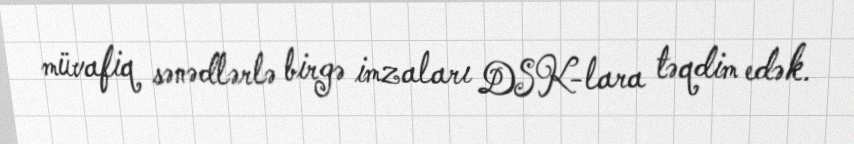
müvafiq sənədlərlə birgə imzaları DSK-lara təqdim edək.